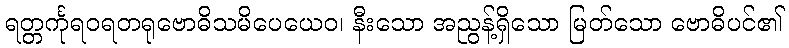
ရတ္တင်္ကုရဝရတရုဗောဓိသမိပေယေဝ၊ နီးသော အညွန့်ရှိသော မြတ်သော ဗောဓိပင်၏